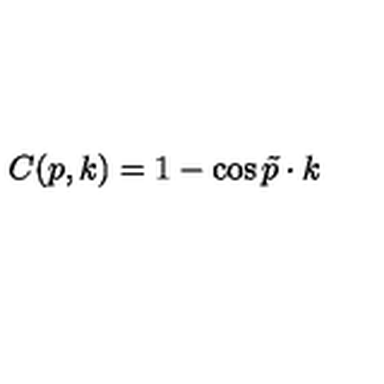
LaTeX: C ( p , k ) = 1 - \cos \tilde { p } \cdot k